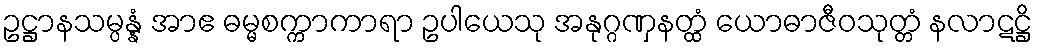
ဥဋ္ဌာနသမ္ပန္နံ အာဧ ဓမ္မစက္ကာကာရာ ဥပါယေသု အနုဂ္ဂဏှနတ္ထံ ယောဓာဇီဝသုတ္တံ နလာဋဋ္ဌိ